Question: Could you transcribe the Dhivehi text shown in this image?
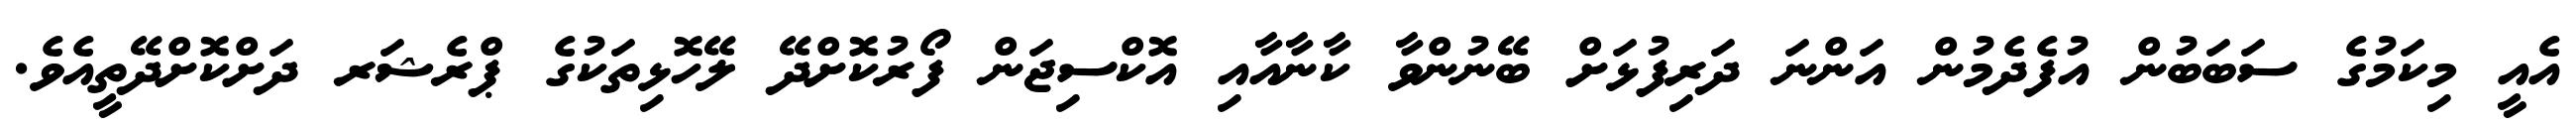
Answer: އެއީ މިކަމުގެ ސަބަބުން އުފެދެމުން އަންނަ ދަރިފުޅަށް ބޭނުންވާ ކާނާއާއި އޮކްސިޖަން ފޯރުކޮށްދޭ ލޭހޮޅިތަކުގެ ޕްރެޝަރ ދަށްކޮށްދޭތީއެވެ.